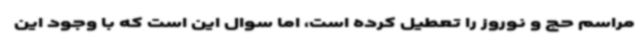
مراسم حج و نوروز را تعطیل کرده است، اما سوال این است که با وجود این